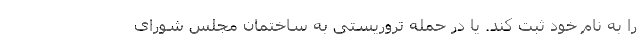
را به نام خود ثبت کند. یا در حمله تروریستی به ساختمان مجلس شورای